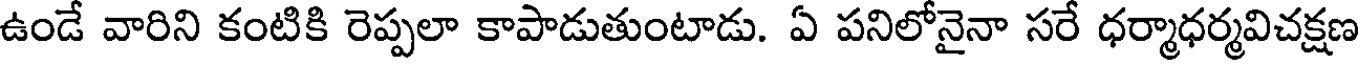
ఉండే వారిని కంటికి రెప్పలా కాపాడుతుంటాడు. ఏ పనిలోనైనా సరే ధర్మాధర్మవిచక్షణ